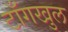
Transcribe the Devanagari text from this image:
टाँगखुल